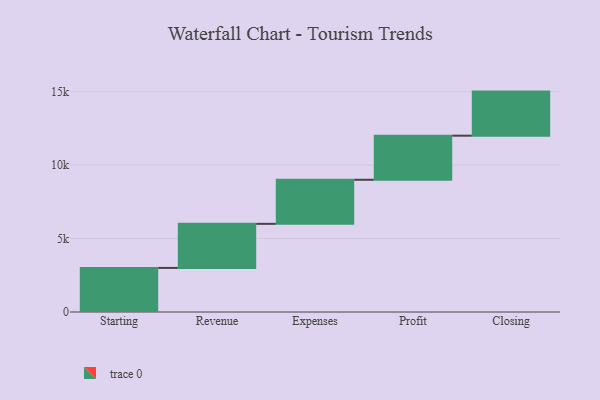
{"axis": {"x": "Step", "y": "Value"}, "legend": [""], "data": [{"x": "Starting", "y": 3000, "type": ""}, {"x": "Revenue", "y": 3000, "type": ""}, {"x": "Expenses", "y": 3000, "type": ""}, {"x": "Profit", "y": 3000, "type": ""}, {"x": "Closing", "y": 3000, "type": ""}]}